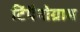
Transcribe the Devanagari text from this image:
टिंपैनोग्राम